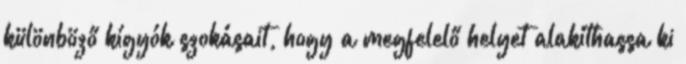
különböző kígyók szokásait, hogy a megfelelő helyet alakíthassa ki